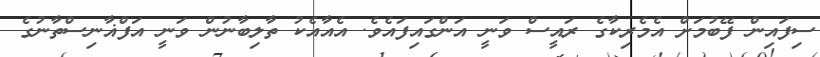
ސިފައިން ފޭބުމަށް އެމެރިކާގެ ރައީސް ވަނީ އަންގައިފައެވެ. އެއާއެކު ތާލިބާނުން ވަނީ އަފްޣާނިސްތާނުގެ